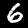
Label: 6